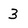
Character: 3